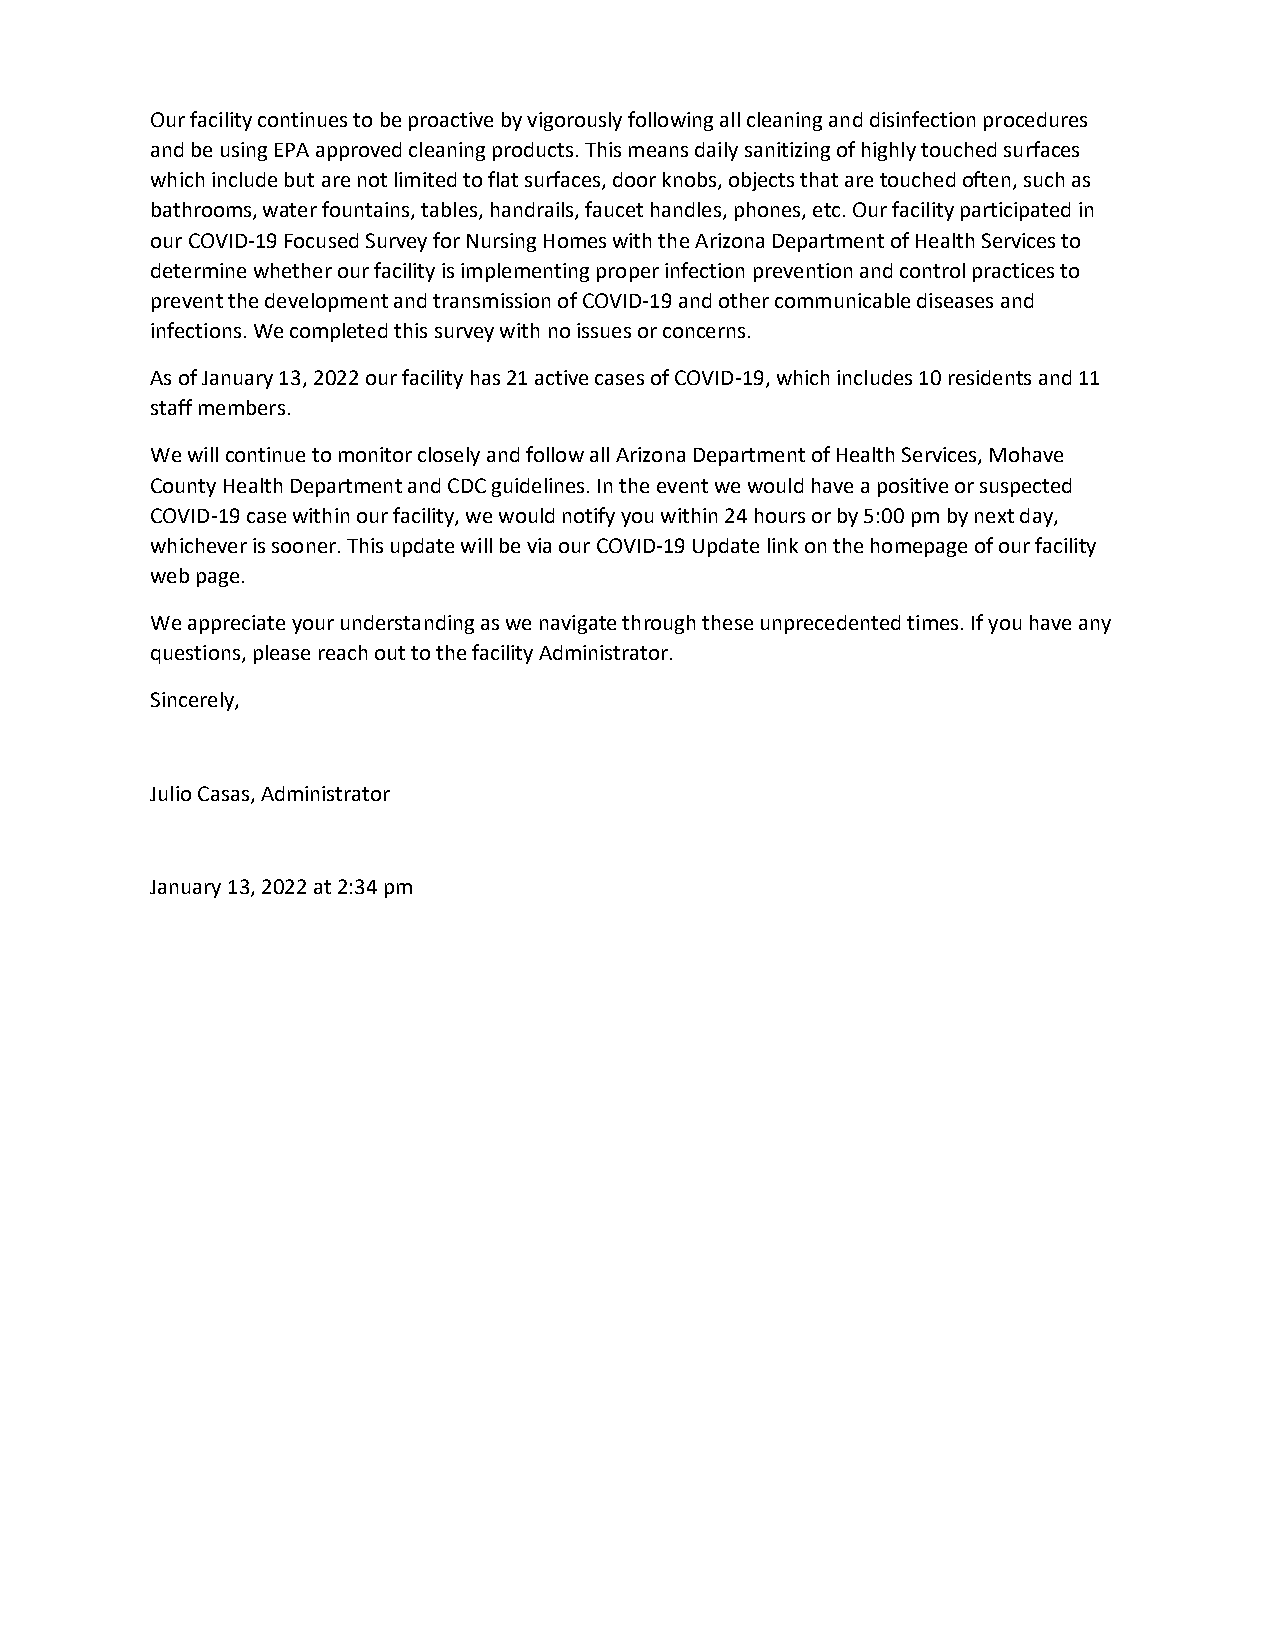
Our facility continues to be proactive by vigorously following all cleaning and disinfection procedures
 and be using EPA approved cleaning products. This means daily sanitizing of highly touched surfaces
 which include but are not limited to flat surfaces, door knobs, objects that are touched often, such as
 bathrooms, water fountains, tables, handrails, faucet handles, phones, etc. Our facility participated in
 our COVID-19 Focused Survey for Nursing Homes with the Arizona Department of Health Services to
 determine whether our facility is implementing proper infection prevention and control practices to
 prevent the development and transmission of COVID-19 and other communicable diseases and
 infections. We completed this survey with no issues or concerns.
 As of January 13, 2022 our facility has 21 active cases of COVID-19, which includes 10 residents and 11
 staff members.
 We will continue to monitor closely and follow all Arizona Department of Health Services, Mohave
 County Health Department and CDC guidelines. In the event we would have a positive or suspected
 COVID-19 case within our facility, we would notify you within 24 hours or by 5:00 pm by next day,
 whichever is sooner. This update will be via our COVID-19 Update link on the homepage of our facility
 web page.
 We appreciate your understanding as we navigate through these unprecedented times. If you have any
 questions, please reach out to the facility Administrator.
 Sincerely,
 Julio Casas, Administrator
 January 13, 2022 at 2:34 pm